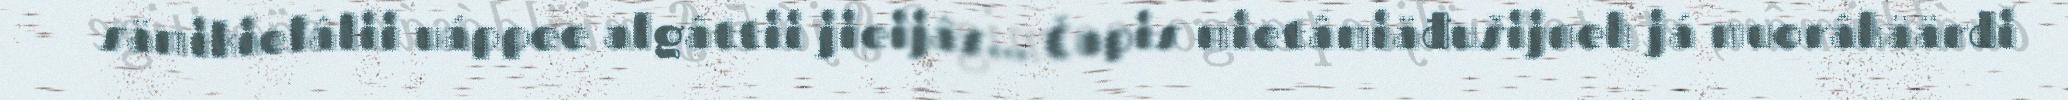
sämikielâlii uáppee algâttii jieijâs... Čapis mietâmiäđušijneh já muorâkäärdi